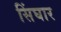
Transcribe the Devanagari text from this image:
सिंघार